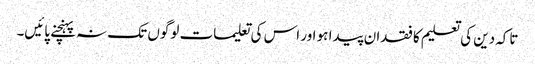
تاکہ دین کی تعلیم کا فقدان پیدا ہو اور اس کی تعلیمات لوگوں تک نہ پہنچنے پائیں۔